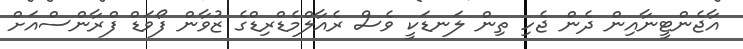
އާޖެންޓީނާއިން ދެން ޖެހި ތިން ލަނޑަކީ ވެސް ރެއާލްމެޑްރިޑްގެ ޒުވާން ފޯވަޑް ފްރާންސްއަށް